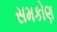
સમકોણ